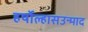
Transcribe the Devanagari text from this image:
हर्षोल्हासउन्माद